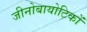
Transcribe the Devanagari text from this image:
जीनोबायोटिकों